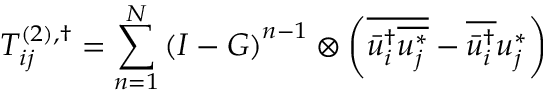
T _ { i j } ^ { \left( 2 \right) , \dag } = \sum _ { n = 1 } ^ { N } { { { \left( { I - G } \right) } ^ { n - 1 } } \otimes \left( { \overline { { \bar { u } _ { i } ^ { \dag } \overline { { u _ { j } ^ { * } } } } } - \overline { { \bar { u } _ { i } ^ { \dag } } } u _ { j } ^ { * } } \right) }